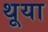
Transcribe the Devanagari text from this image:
थूया